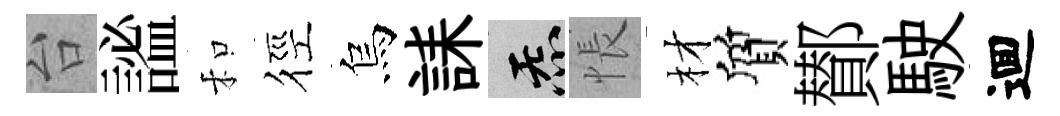
台謐和徑烏誄炁悵材質鄼駛逥